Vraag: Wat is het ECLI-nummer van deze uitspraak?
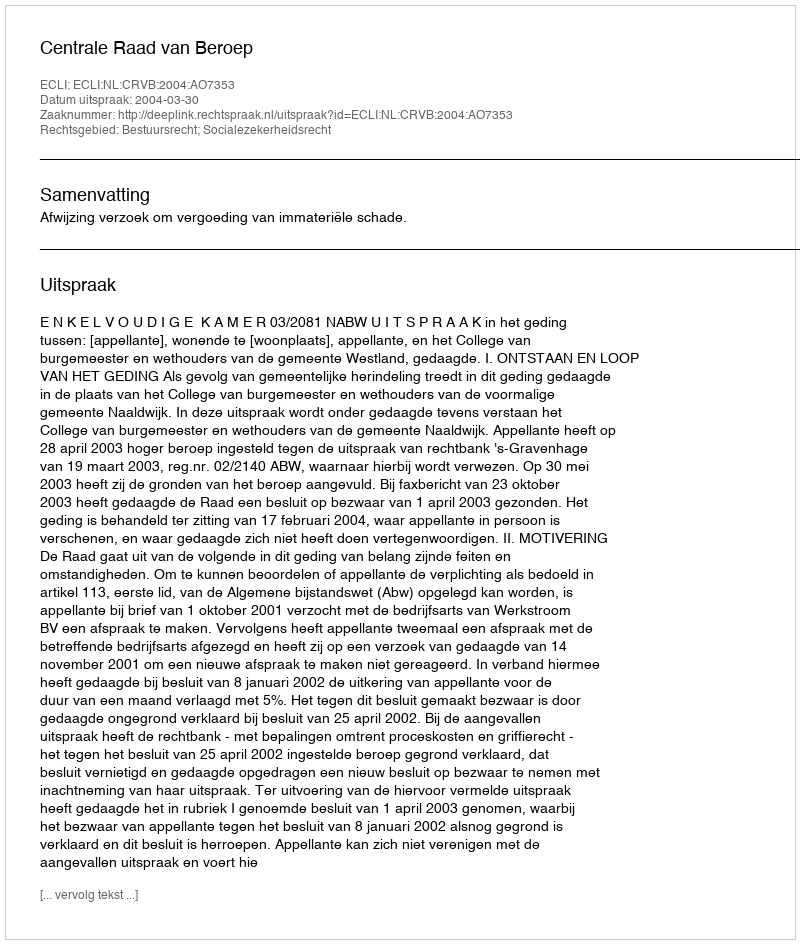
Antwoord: ECLI:NL:CRVB:2004:AO7353